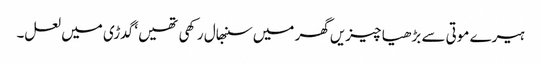
ہیرے موتی سے بڑھیا چیزیں گھر میں سنبھال رکھی تھیں ‘ گدڑی میں لعل۔